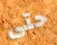
حتى